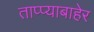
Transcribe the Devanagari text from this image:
ताप्प्याबाहेर